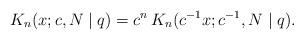
LaTeX: \begin{align*}K_n(x;c,N\mid q)=c^n\,K_n(c^{-1}x;c^{-1},N\mid q).\end{align*}